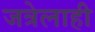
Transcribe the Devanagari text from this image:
जत्रेलाही